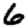
Digit: 6